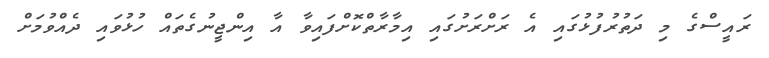
ރައީސްގެ މި ދަތުރުފުޅުގައި އެ ރަށްރަށުގައި އިމާރާތްކޮށްފައިވާ އާ އިންޖީނުގެތައް ހުޅުވައި ދެއްވުމަށް